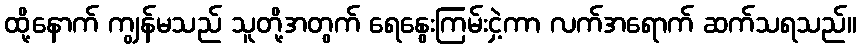
ထို့နောက် ကျွန်မသည် သူတို့အတွက် ရေနွေးကြမ်းငှဲ့ကာ လက်အရောက် ဆက်သရသည်။